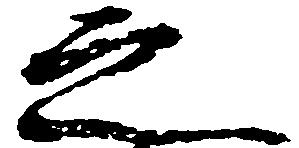
之